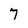
Character: 7